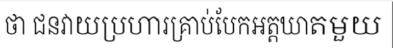
ថា ជនវាយប្រហារគ្រាប់បែកអត្តឃាតមួយ